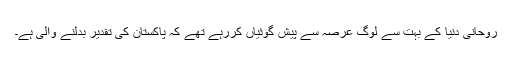
روحانی دنیا کے بہت سے لوگ عرصہ سے پیش گوئیاں کررہے تھے کہ پاکستان کی تقدیر بدلنے والی ہے۔